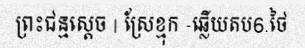
ព្រះជន្មស្តេច | ស្រែខ្មុក -ឆ្លើយតប6.ថៃ